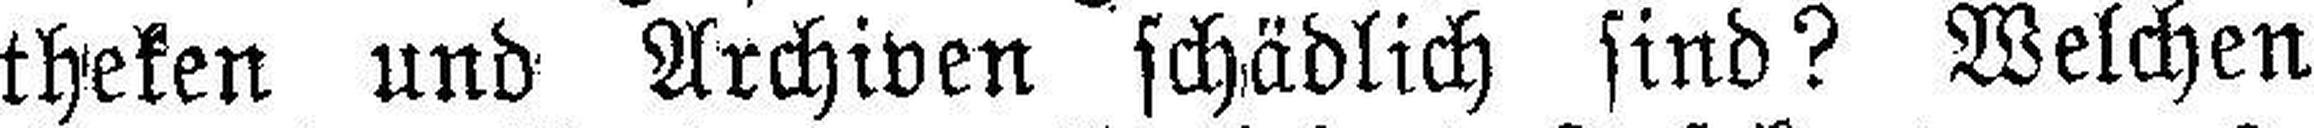
theken und Archiven schädlich sind? Welchen